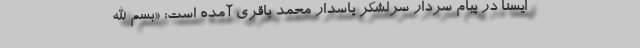
ایسنا در پیام سردار سرلشکر پاسدار محمد باقری آمده است: «بسم الله